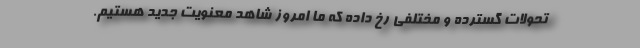
تحولات گسترده و مختلفی رخ داده که ما امروز شاهد معنویت جدید هستیم.